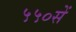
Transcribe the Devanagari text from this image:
५५०सें